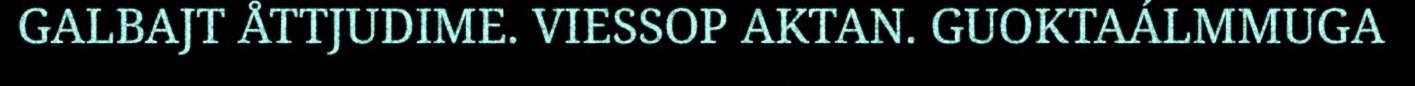
GALBAJT ÅTTJUDIME. VIESSOP AKTAN. GUOKTAÁLMMUGA